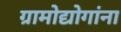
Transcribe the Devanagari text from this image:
ग्रामोद्योगांना